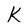
Character: K